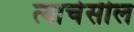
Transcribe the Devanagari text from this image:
त्याचेसील